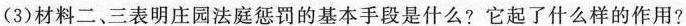
(3)材料二、三表明庄园法庭惩罚的基本手段是什么?它起了什么样的作用?